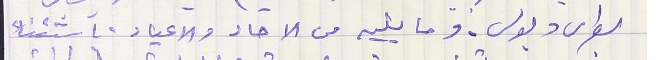
بطرس وبولس. وما يليه من الاحاد والاعياد. باستثناء